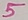
Text: 5